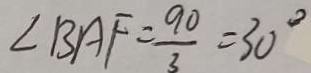
\angle B A F = \frac { 9 0 } { 3 } = 3 0 ^ { \circ }